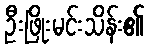
ဦးဖြိုးမင်းသိန်း၏